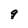
Character: q